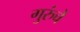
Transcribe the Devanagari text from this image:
गुरुंचे